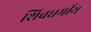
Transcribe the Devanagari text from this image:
शिवधर्मीय